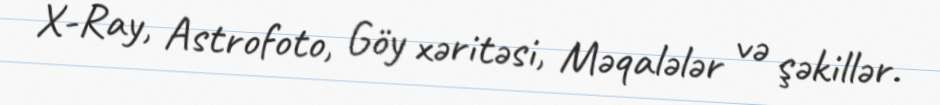
X-Ray, Astrofoto, Göy xəritəsi, Məqalələr və şəkillər.